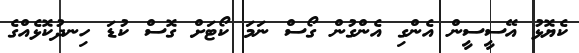
ކެޔޮޅު އޭސީސީން އެންގި އެންގުން ގޯސް ނަމަ ކޯޓަށް ގޮސް ކުޑަ ހިނދުކޮޅެއްގެ